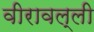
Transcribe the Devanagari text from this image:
वीरावल्ली